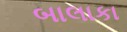
બાલાકા